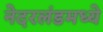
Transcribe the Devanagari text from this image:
नेदरलंडमध्ये